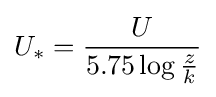
U_{*}={\frac {U}{5.75\log {\frac {z}{k}}}}